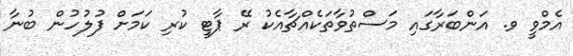
އެމްވީ ވ. އަންބަރާގައި މަސްތުވާތަކެއްޗާއެކު ރޭ ޕާޓީ ކުރި ކަމަށް ފުލުހުން ބުނާ